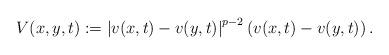
LaTeX: \begin{align*}V(x,y,t):=\left|v(x,t)-v(y,t)\right|^{p-2}\left(v(x,t)-v(y,t)\right).\end{align*}